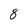
Character: 8